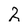
Character: 2